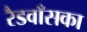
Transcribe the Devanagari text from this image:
रैडवाँसका